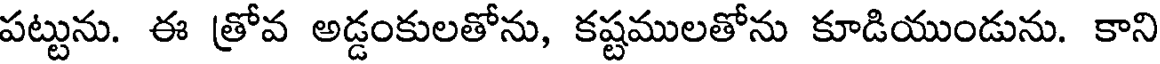
పట్టును. ఈ త్రోవ అడ్డంకులతోను, కష్టములతోను కూడియుండును. కాని